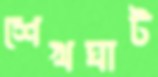
শেখঘাট